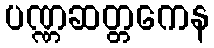
ပဏ္ဏဆတ္တကေန